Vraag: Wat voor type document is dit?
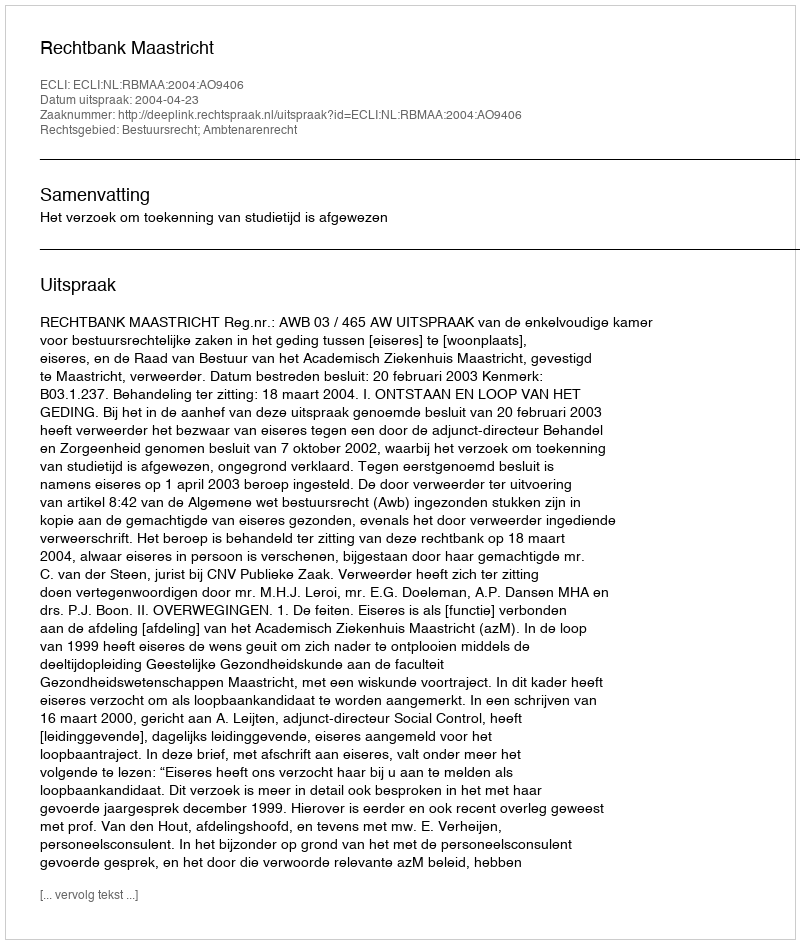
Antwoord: Uitspraak